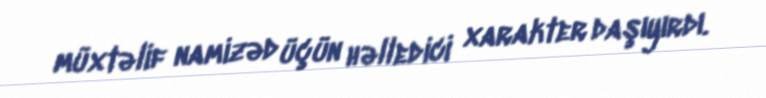
müxtəlif namizəd üçün həlledici xarakter daşıyırdı.